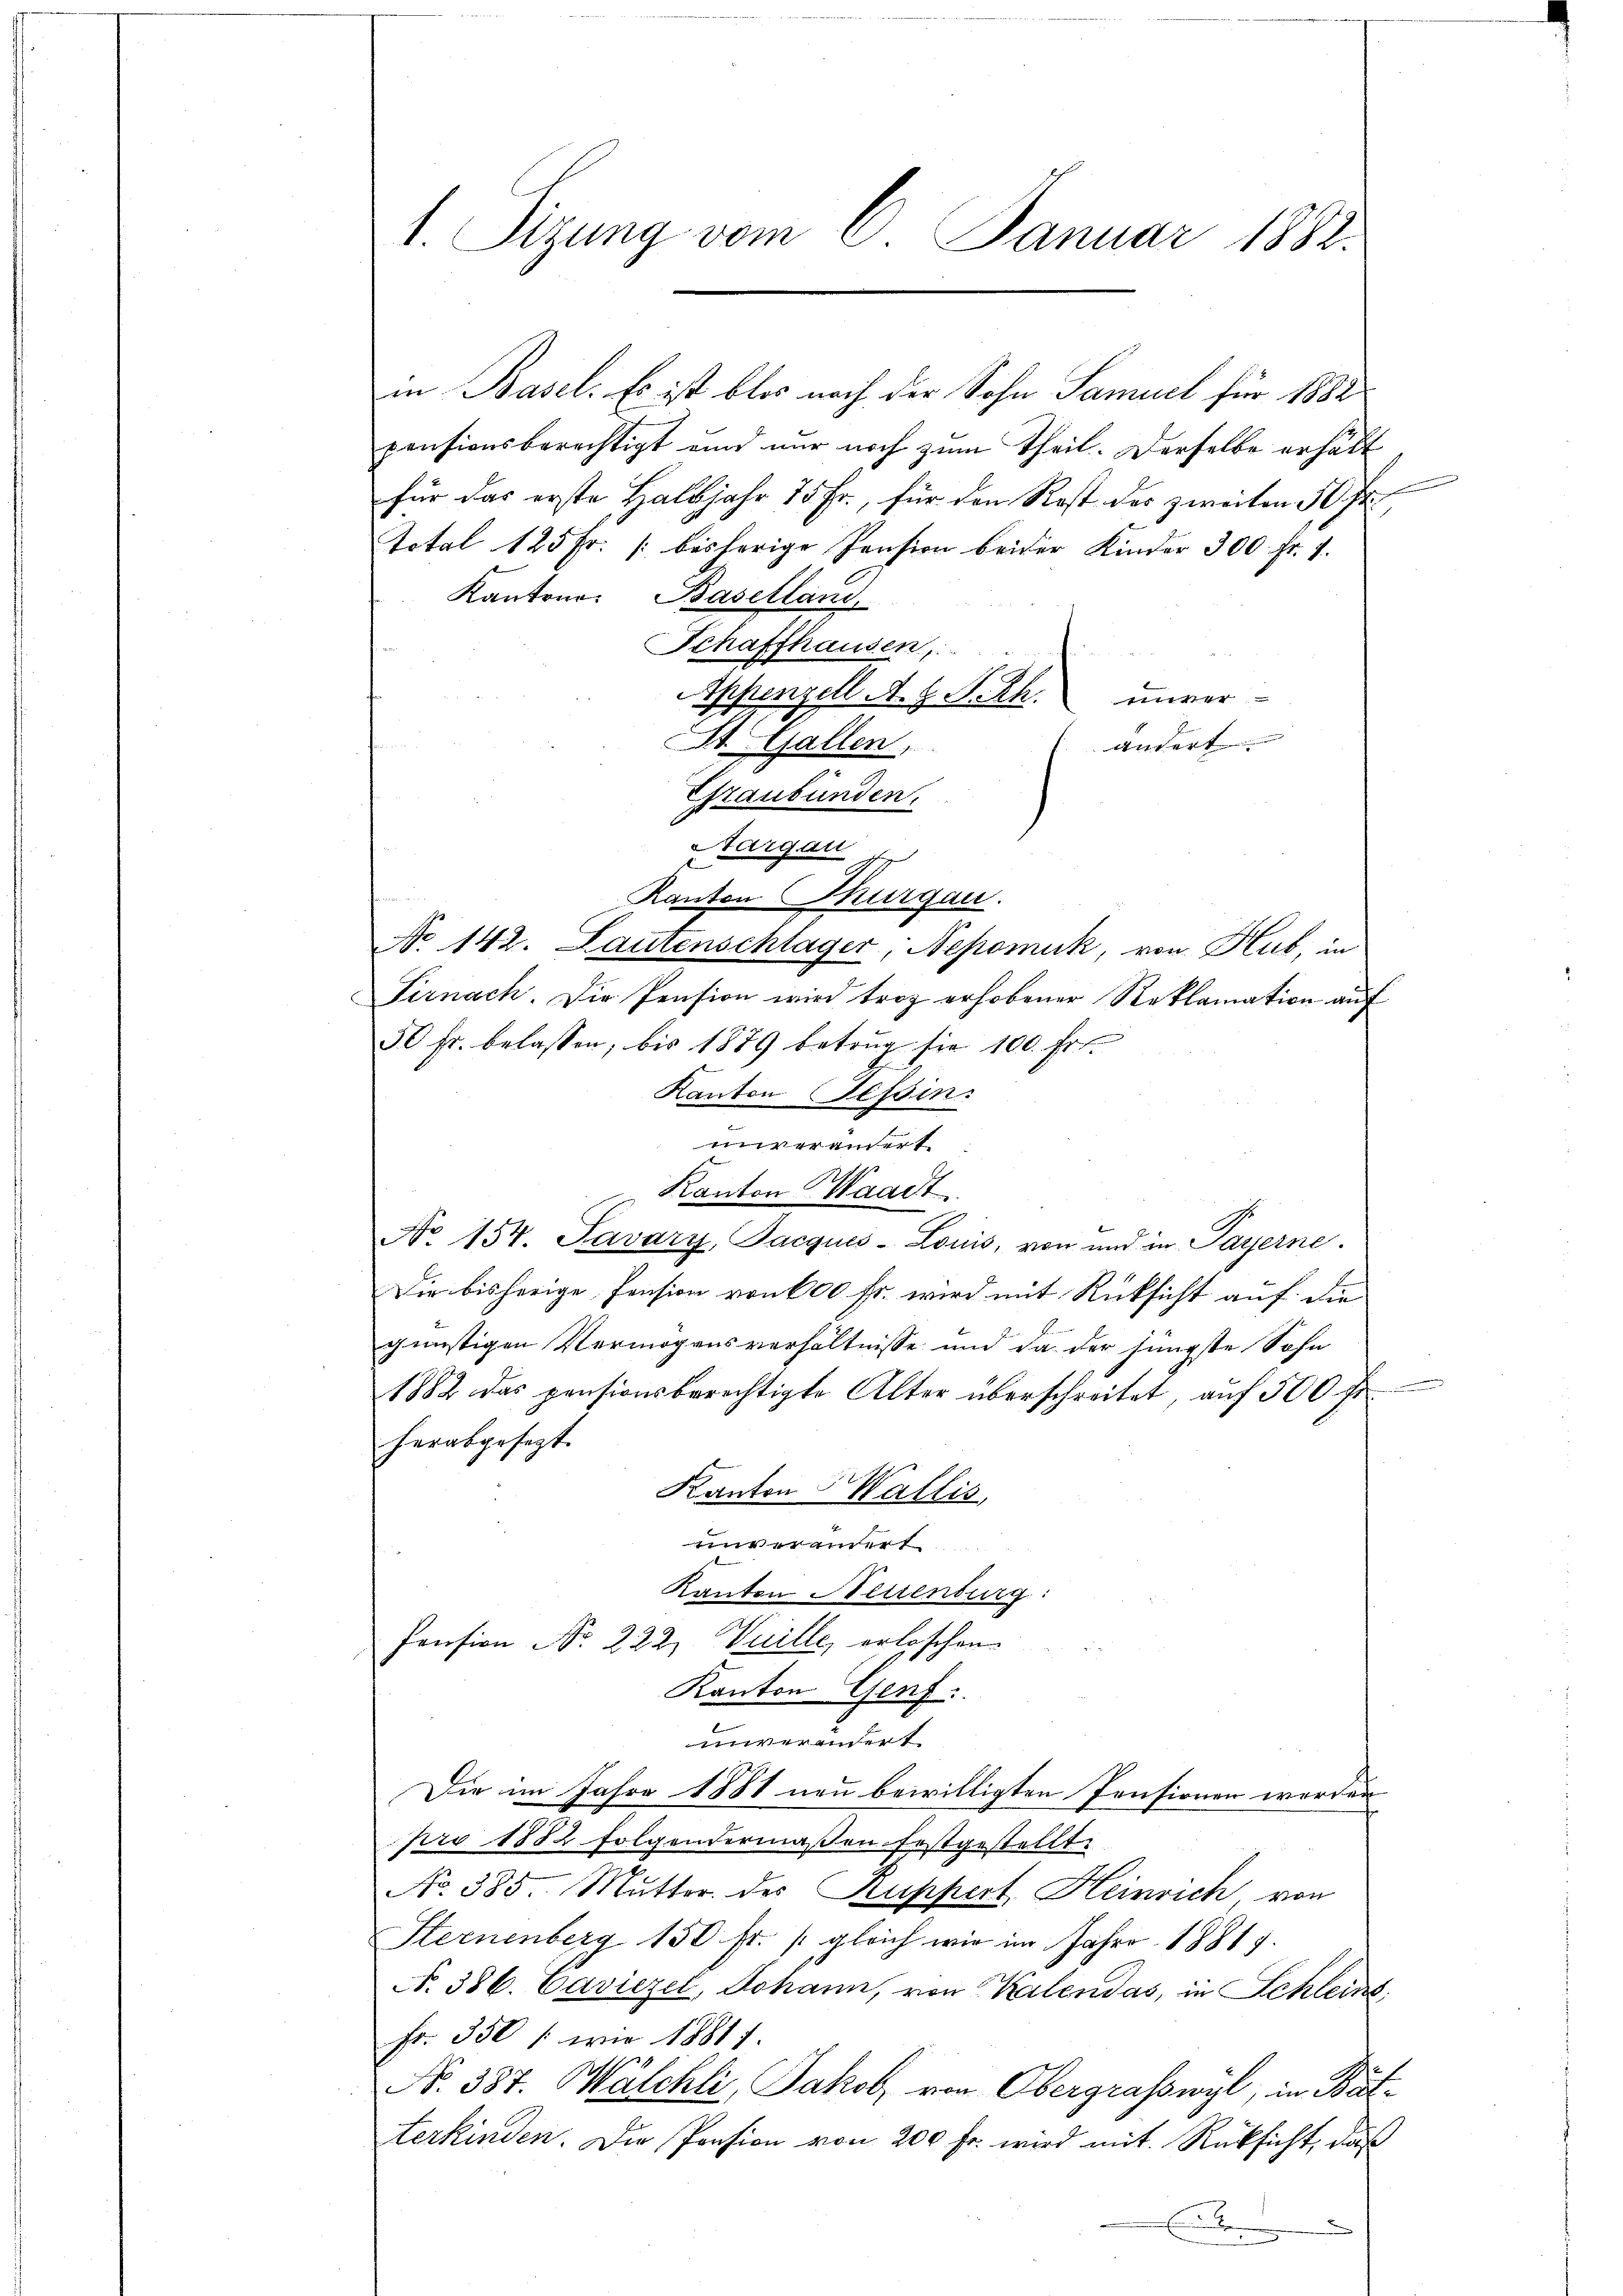
pensionsberechtigt und nur noch zum Theil. Derselbe erhält
für das erste Halbjahr 75 Fr., für den Rost des zweiten 50 fr.
total 125 Fr. [bisherige Pension beider Kinder 300. Fr. 7.
Kantons Baselland
Schaffhausen,
Appenzell A. H. Peth. unver-
andert
St. Gallen.
Graubünden.
Aargau
Kanton Thurgau.
No 142. Lautenschlager, Nepomuk, von Hub, in
Sirnach. Die Pension wird troz erhobener Reklamation auf
50 Fr. belassen, bis 1889 betrug sie 100. Fr.
Kanton Tessin.
t
Kanton Waadt
No 154. Javary, Jacques-Louis, von und in Payerne.
Die bisherige Pension von 600 fr. wird mit Rücksicht auf die
günstigen Vermögensverhältnisse und da der jüngste Sohn
1882 das pensionsberechtigte Alter überschreitet, aŭf 500 fr.
herabgesezt.
Kanton Wallis,
unverandert
Kanton Neuenburg:
Pension No. 222, Vuille, erlöschen
Kanton Genf.
unverändert
Die im Jahre 1881 neu bewilligten Pensionen worden
pro 1882 folgendermaßen festgestellt,
No. 385. Mutter des Kuppert Heinrich, von
Sternenberg 150 fr. (gleich wie im Jahre 1881 f.
N. 386. Caviezel, Johann, von Kalendas, in Schleins
Fr. 350 /: wie 18811.
No. 337. Mälchli, Jakob, von Obergrafswyl, in Bätterkinden. Die Pension von 200 fr. wird mit Rücksicht, daß
Ei den

1. Sizung vom 2. Januar 1882.

in Basel. Es ist blos nach der Sohn Samuel für 1882